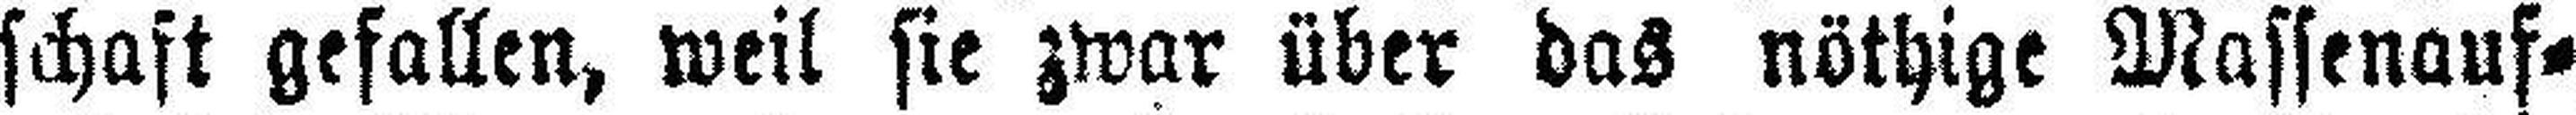
schaft gefallen, weil sie zwar über das nöthige Massenauf¬